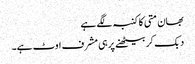
بھان متی کا کنبہ لگے ہے
دبک کر بیٹھنے پر ہی مشرف اوٹ ہے۔